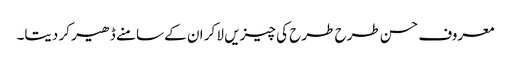
معروف حسن طرح طرح کی چیزیں لا کر ان کے سامنے ڈھیر کر دیتا۔